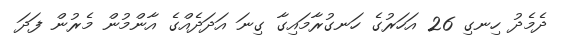
ދެމެދު ހިނގި 26 އަހަރުގެ ހަނގުރާމައިގާ ގިނަ އަދަދެއްގެ އާންމުން މެރުން ފަދަ